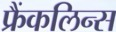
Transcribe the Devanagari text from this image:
फ्रैंकलिन्स